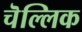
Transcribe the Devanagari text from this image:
चॆल्लिक